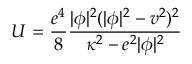
U = \frac { e ^ { 4 } } 8 \frac { | \phi | ^ { 2 } ( | \phi | ^ { 2 } - v ^ { 2 } ) ^ { 2 } } { { \kappa ^ { 2 } } - e ^ { 2 } | \phi | ^ { 2 } }